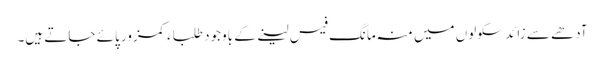
آدھے سے زائد سکولوں میں منہ مانگ فیس لینے کے باوجود طلباء کمزور پائے جاتے ہیں۔